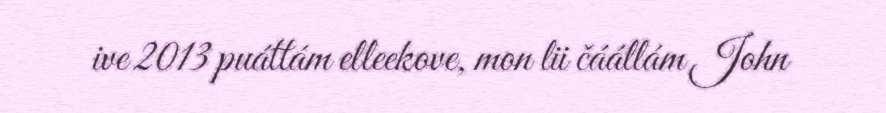
ive 2013 puáttám elleekove, mon lii čáállám John